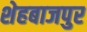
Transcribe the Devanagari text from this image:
शेहबाजपुर